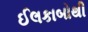
ઈલકાબોથી